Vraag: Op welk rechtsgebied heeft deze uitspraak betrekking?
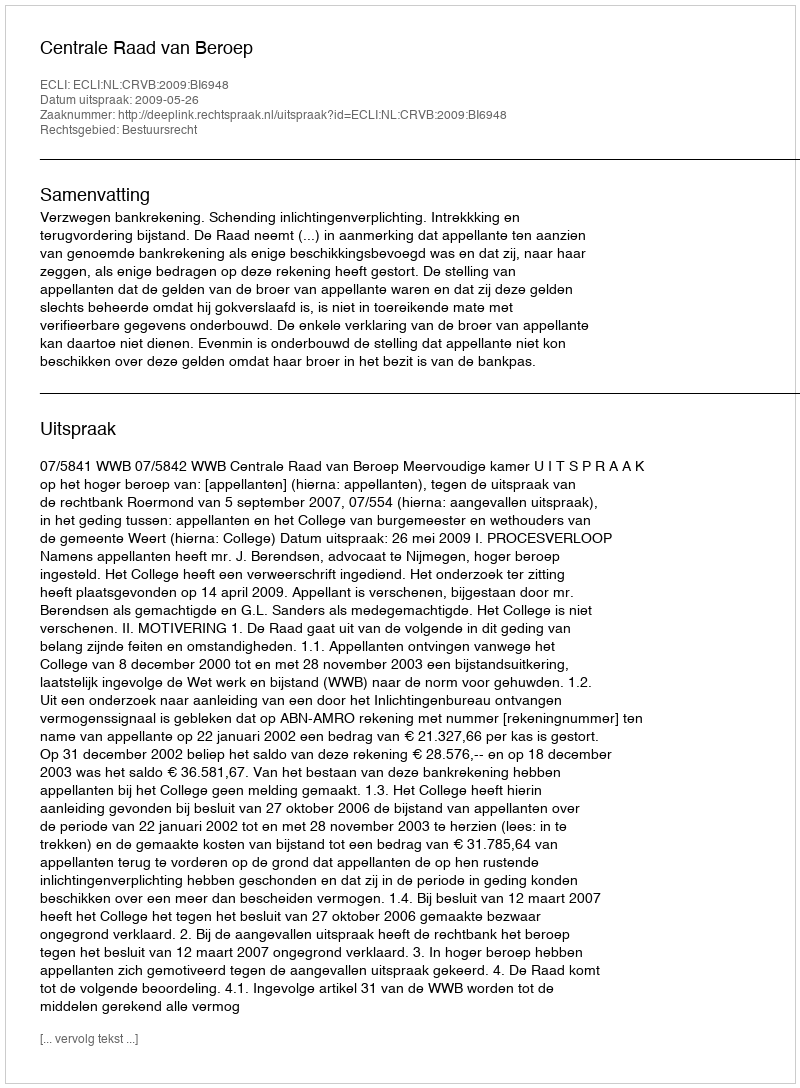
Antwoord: Bestuursrecht